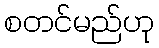
စတင်မည်ဟု